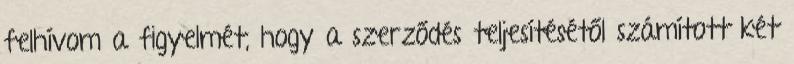
felhívom a figyelmét, hogy a szerződés teljesítésétől számított két